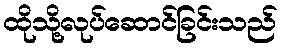
ထိုသို့လုပ်ဆောင်ခြင်းသည်